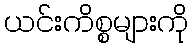
ယင်းကိစ္စများကို